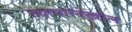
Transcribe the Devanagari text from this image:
व्यापारदेखील